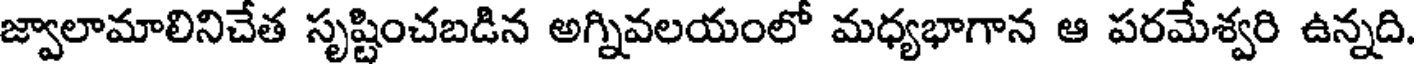
జ్వాలామాలినిచేత సృష్టించబడిన అగ్నివలయంలో మధ్యభాగాన ఆ పరమేశ్వరి ఉన్నది